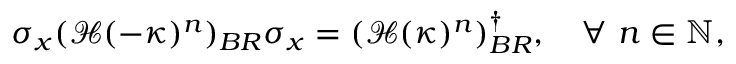
\sigma _ { x } ( \mathcal { H } ( - \kappa ) ^ { n } ) _ { B R } \sigma _ { x } = ( \mathcal { H } ( \kappa ) ^ { n } ) _ { B R } ^ { \dagger } , \quad \forall \ n \in \mathbb { N } ,